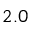
2 . 0